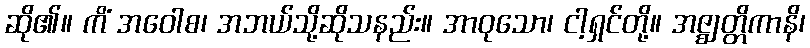
ဆို၏။ ကိံ အဝေါစ၊ အဘယ်သို့ဆိုသနည်း။ အာဝုသော၊ ငါ့ရှင်တို့။ အဇ္ဈတ္တိကာနိ၊